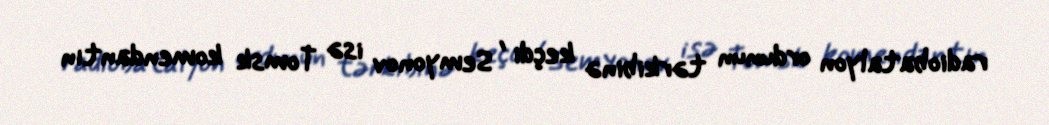
radiobatalyon ordunun tərkibinə keçdi , Semyonov isə Tomsk komendantın